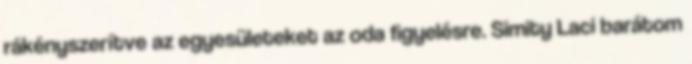
rákényszerítve az egyesületeket az oda figyelésre. Simity Laci barátom